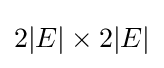
2|E|\times 2|E|